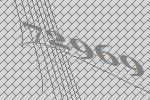
72969